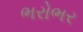
ભરોભર